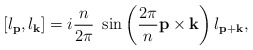
\begin{align*}[l_{\bf p},l_{\bf k}]=i\frac{n}{2\pi}~\sin\left(\frac{2\pi}{n}{\bf p\times k}\right)l_{\bf p+k},\end{align*}